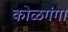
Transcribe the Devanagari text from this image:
कोळगंगा